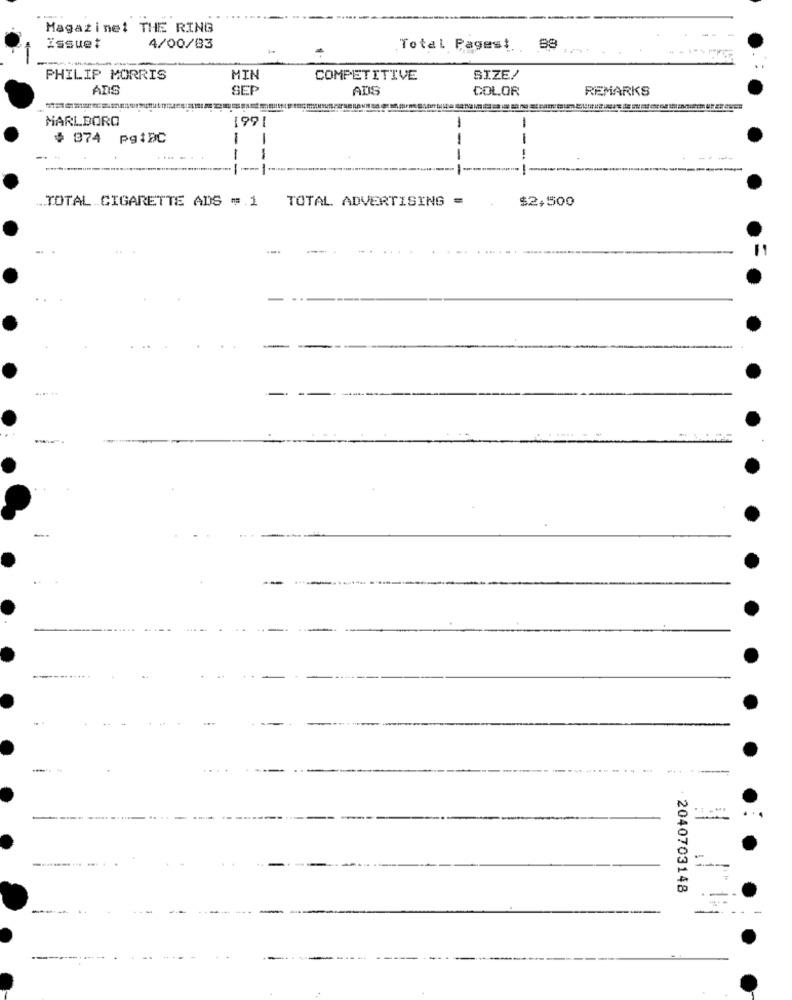
Magazinet THE RING
issue#
4/00/83
Total Pagest ..
88
PHILIP MORRIS
MIN
COMPETITIVE
SIZE/
ADS
SEP
ADS
COLOR
REMARKS
MARLBORO
1991
-
$ 874 pgiDC
-
--
-
---
TOTAL ADVERTISING =
$2,500
.TOTAL CIGARETTE ADS = 1
.... ..
.......
· 2040703148